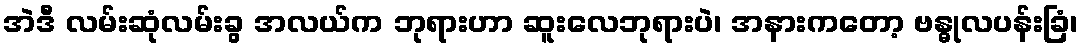
အဲဒီ လမ်းဆုံလမ်းခွ အလယ်က ဘုရားဟာ ဆူးလေဘုရားပဲ၊ အနားကတော့ ဗန္ဓုလပန်းခြံ၊